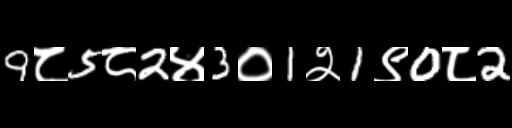
Text: 9८5८2४3०1२1९0८2